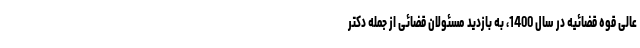
عالی قوه قضائیه در سال 1400، به بازدید مسئولان قضائی از جمله دکتر